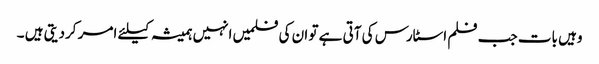
وہیں بات جب فلم اسٹارس کی آتی ہے تو ان کی فلمیں انہیں ہمیشہ کیلئے امر کردیتی ہیں ۔